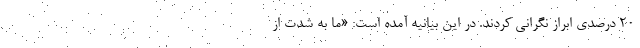
20 درصدی ابراز نگرانی کردند. در این بیانیه آمده است: «ما به شدت از